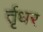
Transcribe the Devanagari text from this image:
र्तृधर